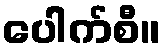
ပေါက်စီ။